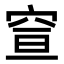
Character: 𥥣